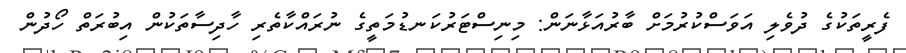
ފެރީތަކުގެ ދުވެލި އަވަސްކުރުމަށް ބާރުއަޅާނަން: މިނިސްޓަރުކަނޑުމަތީގެ ނުރައްކާތެރި ހާދިސާތަކުން އިބުރަތް ހޯދުން